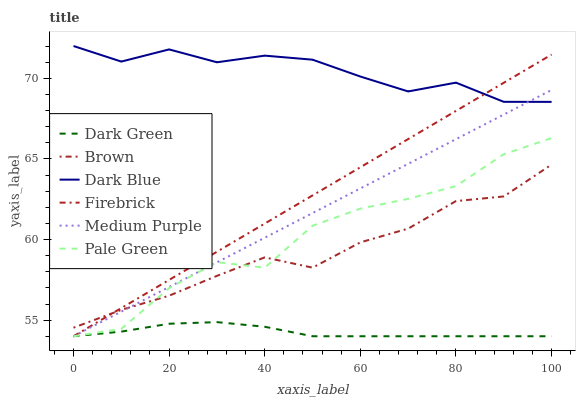
| xaxis_label | Dark Green | Brown | Dark Blue | Firebrick | Medium Purple | Pale Green |
 | --- | --- | --- | --- | --- | --- | --- |
 | 0 | 54 | 54.5 | 72 | 54 | 54 | 54 |
 | 10 | 54.3 | 55.6 | 71 | 55.7 | 55.5 | 54.5 |
 | 20 | 54.8 | 56.5 | 71.8 | 57.5 | 57.1 | 57 |
 | 30 | 54.9 | 57.7 | 71 | 59.2 | 58.6 | 58.6 |
 | 40 | 54.6 | 58.9 | 71.4 | 61 | 60.1 | 58.3 |
 | 50 | 54 | 58.3 | 71.2 | 62.7 | 61.6 | 60.9 |
 | 60 | 54 | 59.8 | 70.1 | 64.5 | 63.2 | 61.9 |
 | 70 | 54 | 60.7 | 69.2 | 66.2 | 64.7 | 62.5 |
 | 80 | 54 | 62.4 | 69.7 | 68 | 66.2 | 63.3 |
 | 90 | 54 | 62.7 | 68.5 | 69.7 | 67.7 | 65.3 |
 | 100 | 54 | 64.6 | 68.5 | 71.5 | 69.3 | 66.3 |